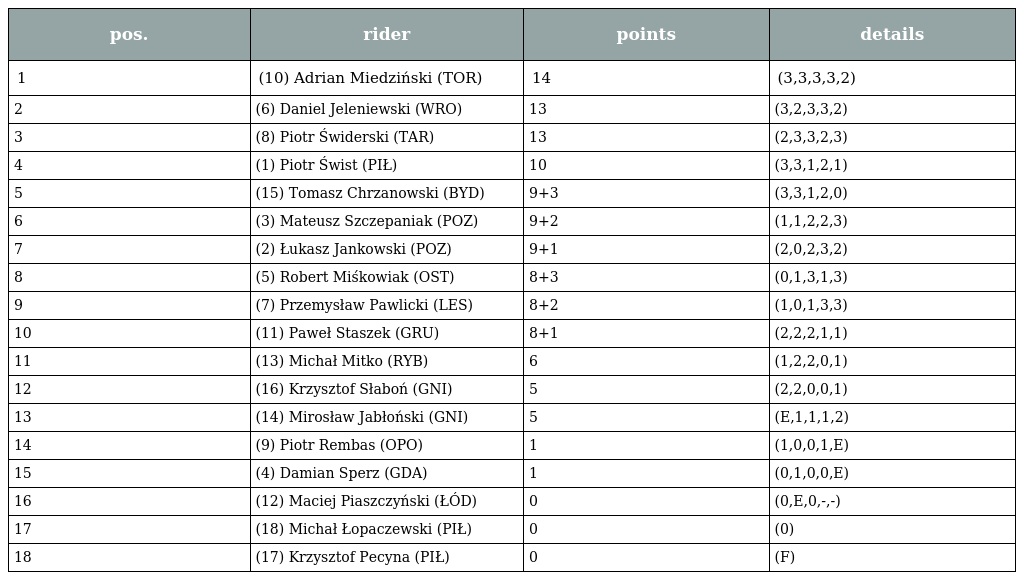
| pos. | rider | points | details |
 | --- | --- | --- | --- |
 | 1 | (10) Adrian Miedziński (TOR) | 14 | (3,3,3,3,2) |
 | 2 | (6) Daniel Jeleniewski (WRO) | 13 | (3,2,3,3,2) |
 | 3 | (8) Piotr Świderski (TAR) | 13 | (2,3,3,2,3) |
 | 4 | (1) Piotr Świst (PIŁ) | 10 | (3,3,1,2,1) |
 | 5 | (15) Tomasz Chrzanowski (BYD) | 9+3 | (3,3,1,2,0) |
 | 6 | (3) Mateusz Szczepaniak (POZ) | 9+2 | (1,1,2,2,3) |
 | 7 | (2) Łukasz Jankowski (POZ) | 9+1 | (2,0,2,3,2) |
 | 8 | (5) Robert Miśkowiak (OST) | 8+3 | (0,1,3,1,3) |
 | 9 | (7) Przemysław Pawlicki (LES) | 8+2 | (1,0,1,3,3) |
 | 10 | (11) Paweł Staszek (GRU) | 8+1 | (2,2,2,1,1) |
 | 11 | (13) Michał Mitko (RYB) | 6 | (1,2,2,0,1) |
 | 12 | (16) Krzysztof Słaboń (GNI) | 5 | (2,2,0,0,1) |
 | 13 | (14) Mirosław Jabłoński (GNI) | 5 | (E,1,1,1,2) |
 | 14 | (9) Piotr Rembas (OPO) | 1 | (1,0,0,1,E) |
 | 15 | (4) Damian Sperz (GDA) | 1 | (0,1,0,0,E) |
 | 16 | (12) Maciej Piaszczyński (ŁÓD) | 0 | (0,E,0,-,-) |
 | 17 | (18) Michał Łopaczewski (PIŁ) | 0 | (0) |
 | 18 | (17) Krzysztof Pecyna (PIŁ) | 0 | (F) |